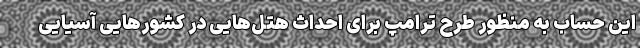
این حساب به منظور طرح ترامپ برای احداث هتل‌هایی در کشورهایی آسیایی